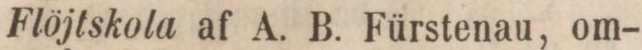
Flöjtskola af A. B. Fürstenau, om-